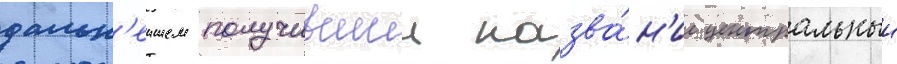
дальн'еишем получившии назва́н'ие центральныи